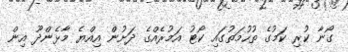
ގޯނާ ކުރި ކަމުގެ ތުހުމަތުގައި ކޯޓު އަމުރެއްގެ ދަށުން އިއްޔެ މާޅެންދޫ އިން